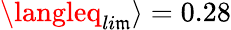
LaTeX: \langleq_{li\mathfrak{m}}\rangle=0.28